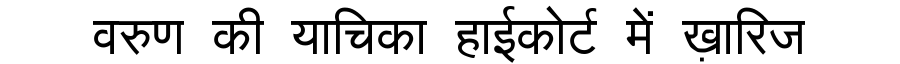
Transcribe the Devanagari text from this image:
वरुण की याचिका हाईकोर्ट में ख़ारिज